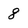
Character: 8